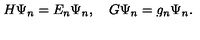
H \Psi \sb n = E \sb n \Psi \sb n , \quad G \Psi \sb n = g \sb n \Psi \sb n .